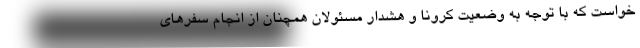
خواست که با توجه به وضعیت کرونا و هشدار مسئولان همچنان از انجام سفرهای